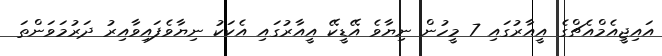
އައިޖީއެމްއެޗްގެ އީއާރުގައި 7 މީހުން ނިޔާވެ އޭޑީކޭ އީއާރުގައި އެކަކު ނިޔާވެފައިވާއިރު ދަރުމަވަންތަ